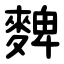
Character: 䴽